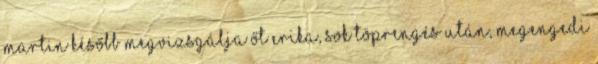
Martin később megvizsgálja őt Erika, sok töprengés után, megengedi